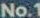
No.1